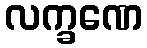
လက္ခဏေ